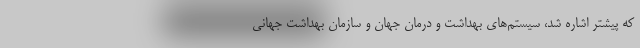
که پیشتر اشاره شد، سیستم‌های بهداشت و درمان جهان و سازمان بهداشت جهانی